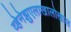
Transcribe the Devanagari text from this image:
व्हेनेझुएलाखालोखाल